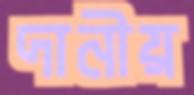
দানীয়